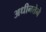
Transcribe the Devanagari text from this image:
अधीनतेने